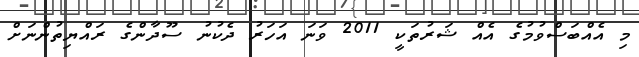
މި އެއްބަސްވުމުގެ އެއް ޝަރުތަކީ 2011 ވަނަ އަހަރު ދެކުނު ސޫދާންގެ ރައްޔިތުންނަށް